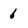
Character: 6